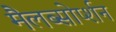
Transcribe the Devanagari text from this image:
मैलब्सोर्प्शन